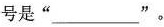
号是“ ___”。